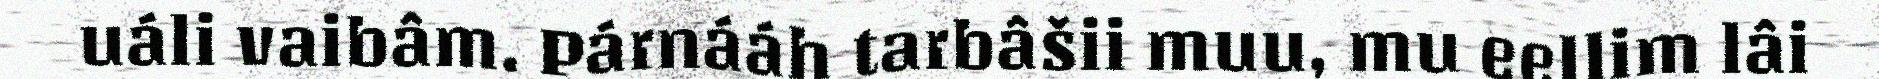
uáli vaibâm. Párnááh tarbâšii muu, mu eellim lâi